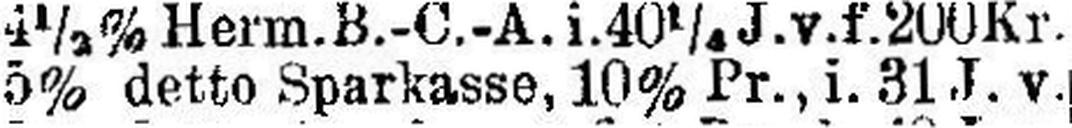
5% detto Sparkasse, 10% Pr., i. 31 J. v.